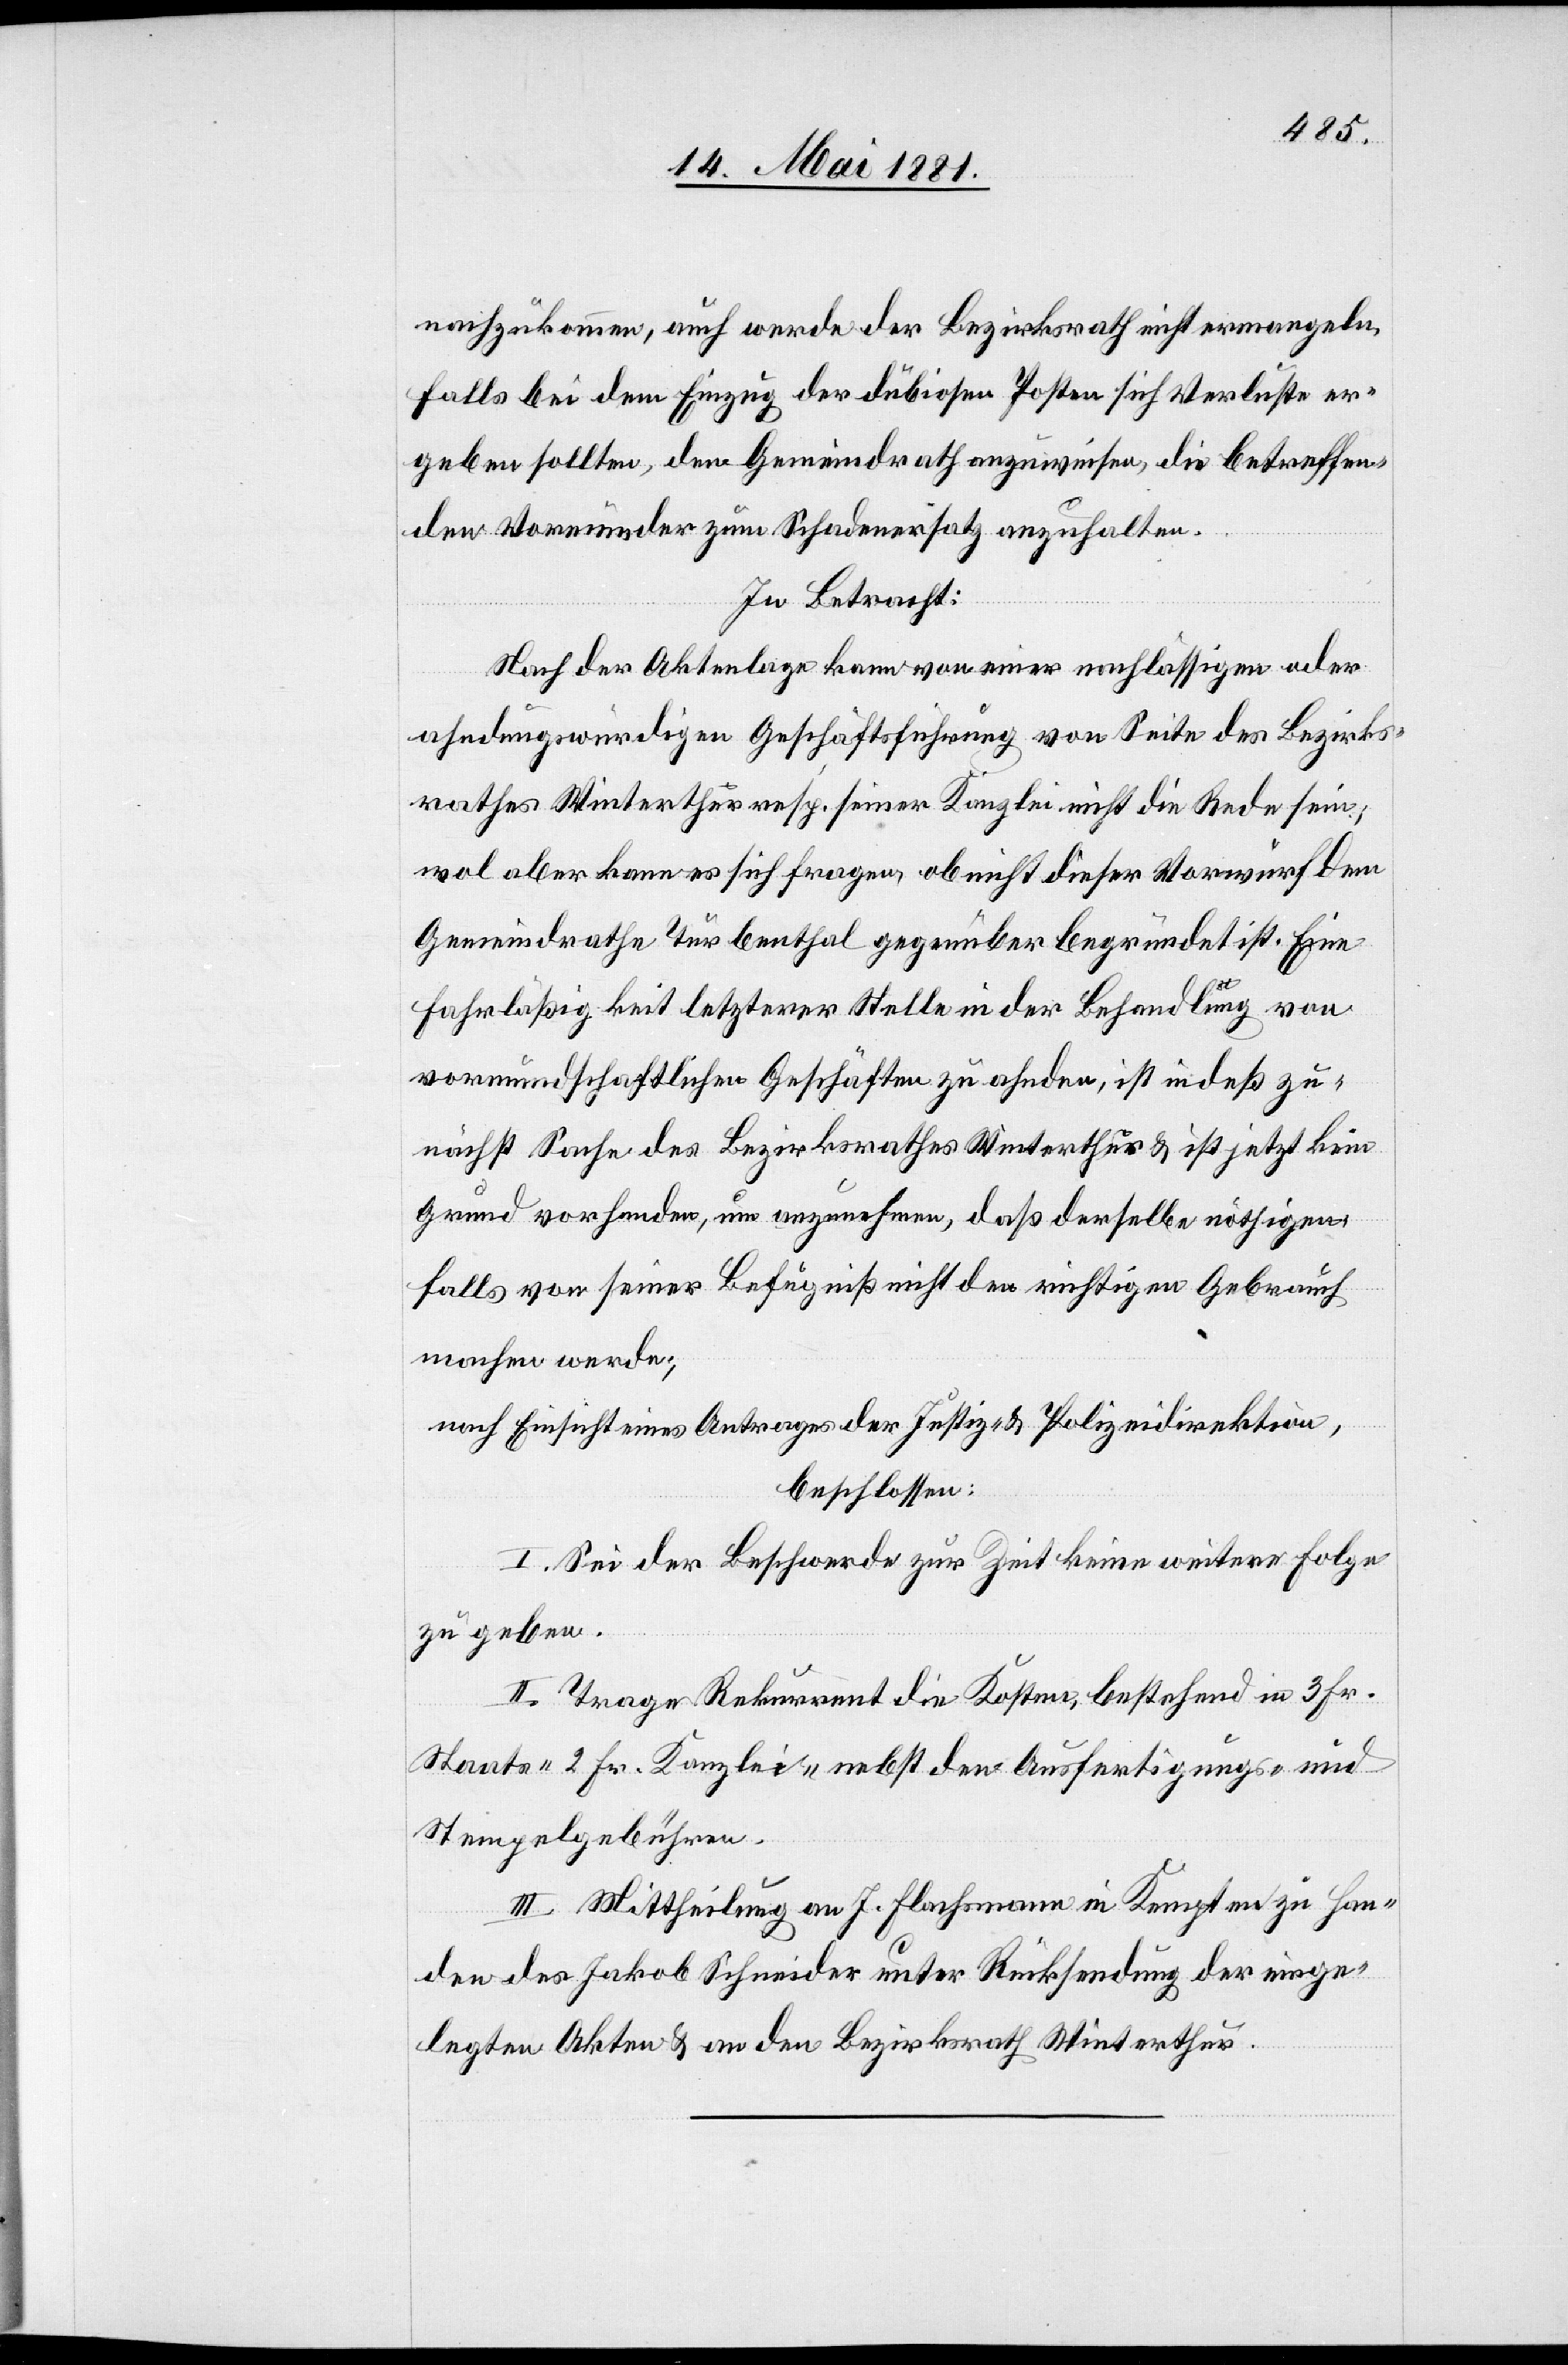
nachzukommen, auch werde der Bezirksrath nicht ermangeln,
falls bei dem Einzug der dubiosen Posten sich Verluste er¬
geben sollten, dem Gemeindrath anzuweisen, die betreffen¬
den Vormünder zum Schadenersatz anzuhalten.
In Betracht:
Nach der Aktenlage kann von einer nachlässigen oder
ahndungswürdigen Geschäftsführung von Seite des Bezirks¬
rathes Winterthur resp. seiner Kanzlei nicht die Rede sein;
wol aber kann es sich fragen, ob nicht dieser Vorwurf dem
Gemeindrathe Turbenthal gegenüber begründet ist. Eine
Fahläßigkeit letzterer Stelle in der Behandlung von
vormundschaftlichen Geschäften zu ahnden, ist indeß zu
nächst Sache des Bezirksrathes Winterthur & ist jetzt kein
Grund vorhanden, um anzunehmen, daß derselbe nöthigen¬
falls von seiner Befugniß nicht den richtigen Gebrauch
machen werde;
nach Einsicht eines Antrages der Justiz- & Polizeidirektion,
beschlossen:
I. Sei der Beschwerde zur Zeit keine weitere Folge
zu geben.
II. Trage Rekurrent die Kosten, bestehend in 3 Fr.
Staats- 6 Fr. Kanzlei- nebst den Ausfertigungs- und
Stempelgebühren.
III. Mittheilung an J. Flachsmann in Kempten zu Han¬
den des Jakob Schneider unter Rücksendung der einge¬
legten Akten & an den Bezirksrath Winterthur.